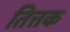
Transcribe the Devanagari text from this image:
तित्तक